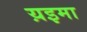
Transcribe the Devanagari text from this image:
य़इमा